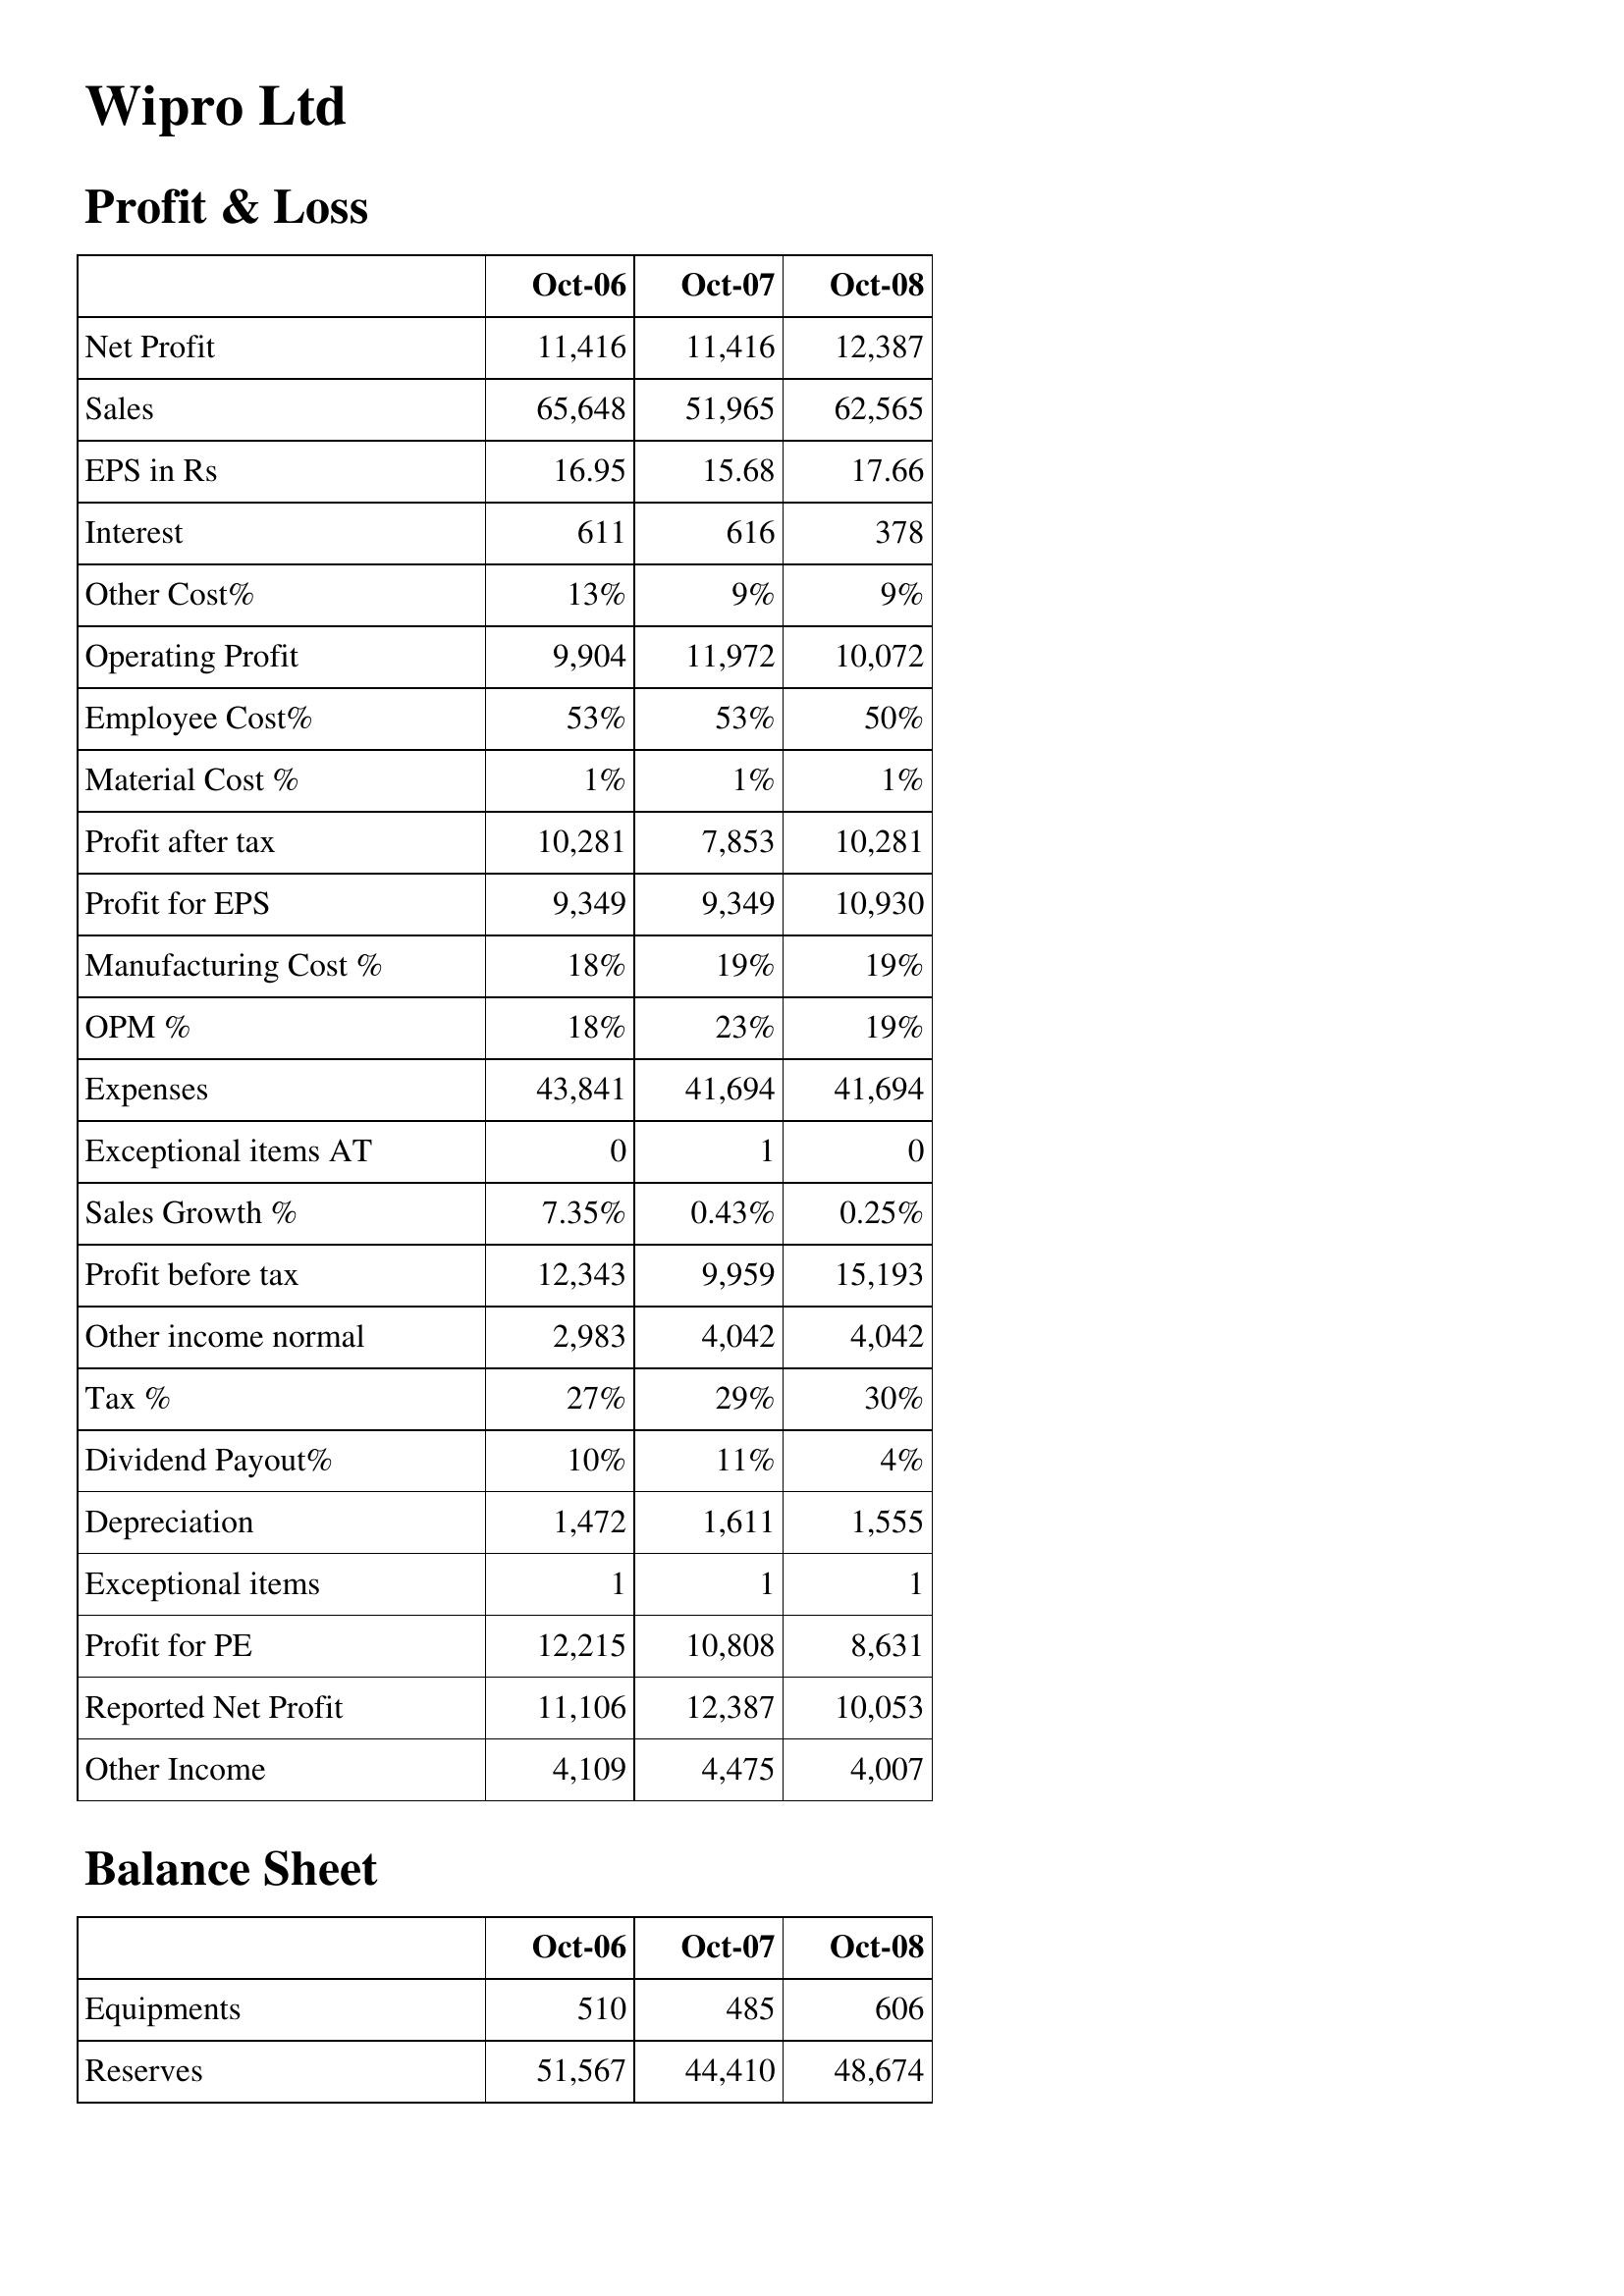
Oct-06: Profit & Loss: Net Profit: 11,416
Sales: 65,648
EPS in Rs: 16.95
Interest: 611
Other Cost%: 13%
Operating Profit: 9,904
Employee Cost%: 53%
Material Cost %: 1%
Profit after tax: 10,281
Profit for EPS: 9,349
Manufacturing Cost %: 18%
OPM %: 18%
Expenses: 43,841
Exceptional items AT: 0
Sales Growth %: 7.35%
Profit before tax: 12,343
Other income normal: 2,983
Tax %: 27%
Dividend Payout%: 10%
Depreciation: 1,472
Exceptional items: 1
Profit for PE: 12,215
Reported Net Profit: 11,106
Other Income: 4,109
Balance Sheet: Equipments: 510
Reserves: 51,567
Oct-07: Profit & Loss: Net Profit: 11,416
Sales: 51,965
EPS in Rs: 15.68
Interest: 616
Other Cost%: 9%
Operating Profit: 11,972
Employee Cost%: 53%
Material Cost %: 1%
Profit after tax: 7,853
Profit for EPS: 9,349
Manufacturing Cost %: 19%
OPM %: 23%
Expenses: 41,694
Exceptional items AT: 1
Sales Growth %: 0.43%
Profit before tax: 9,959
Other income normal: 4,042
Tax %: 29%
Dividend Payout%: 11%
Depreciation: 1,611
Exceptional items: 1
Profit for PE: 10,808
Reported Net Profit: 12,387
Other Income: 4,475
Balance Sheet: Equipments: 485
Reserves: 44,410
Oct-08: Profit & Loss: Net Profit: 12,387
Sales: 62,565
EPS in Rs: 17.66
Interest: 378
Other Cost%: 9%
Operating Profit: 10,072
Employee Cost%: 50%
Material Cost %: 1%
Profit after tax: 10,281
Profit for EPS: 10,930
Manufacturing Cost %: 19%
OPM %: 19%
Expenses: 41,694
Exceptional items AT: 0
Sales Growth %: 0.25%
Profit before tax: 15,193
Other income normal: 4,042
Tax %: 30%
Dividend Payout%: 4%
Depreciation: 1,555
Exceptional items: 1
Profit for PE: 8,631
Reported Net Profit: 10,053
Other Income: 4,007
Balance Sheet: Equipments: 606
Reserves: 48,674